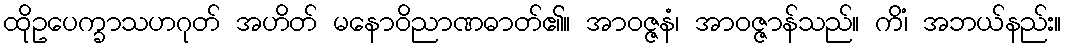
ထိုဥပေက္ခာသဟဂုတ် အဟိတ် မနောဝိညာဏဓာတ်၏။ အာဝဇ္ဇနံ၊ အာဝဇ္ဇာန်သည်။ ကိံ၊ အဘယ်နည်း။